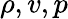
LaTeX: \rho,v,p